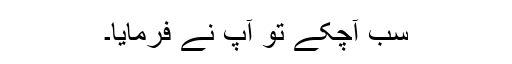
سب آچکے تو آپ نے فرمایا۔